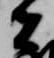
者